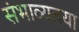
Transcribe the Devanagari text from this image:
संभाव्यतया